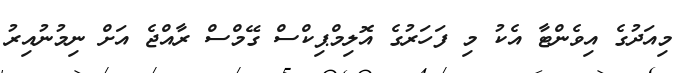
މިއަދުގެ އިވެންޓާ އެކު މި ފަހަރުގެ އޮލިމްޕިކްސް ގޭމްސް ރާއްޖެ އަށް ނިމުނުއިރު